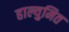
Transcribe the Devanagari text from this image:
हाल्युमित